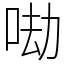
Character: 𠲵